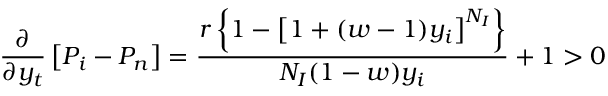
\frac { \partial } { \partial y _ { t } } \left[ P _ { i } - P _ { n } \right] = \frac { r \left\{ 1 - \left[ 1 + ( w - 1 ) y _ { i } \right] ^ { N _ { I } } \right\} } { N _ { I } ( 1 - w ) y _ { i } } + 1 > 0